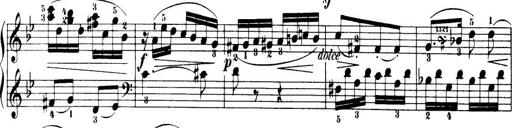
Title: 32 Sonatinas and Rondos for the Piano
Composer: Richard Kleinmichel